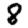
Digit: 8